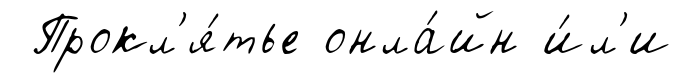
Прокл'я́тье онла́йн и́л'и